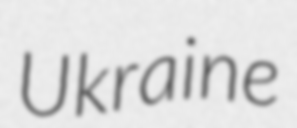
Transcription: Ukraine